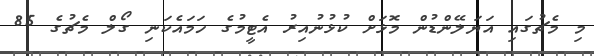
މި މެޗުގައި އަޔަލޭންޑުން މޮޅަށް ކުޅުނުއިރު އެޓީމުގެ ހަމައެކަނި ގޯލް މެޗުގެ 85